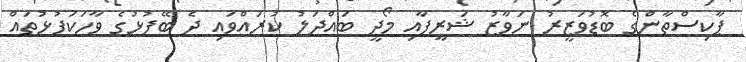
ޕާކިސްތާންގެ ބޮޑުވަޒީރު ނަވާޒު ޝަރީފާއި މޯދީ ބައްދަލު ކުރައްވައި ދެ ބޭފުޅުގެ ވާހަކަފުޅުތައް